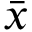
\bar { x }